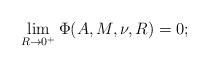
LaTeX: \begin{align*}\lim_{R\to 0^+} \Phi(A,M,\nu,R) = 0;\end{align*}